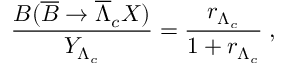
\frac { B ( \overline { { B } } \rightarrow \overline { { \Lambda } } _ { c } X ) } { Y _ { \Lambda _ { c } } } = \frac { r _ { \Lambda _ { c } } } { 1 + r _ { \Lambda _ { c } } } \; ,